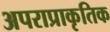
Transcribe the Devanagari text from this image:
अपराप्राकृतिक